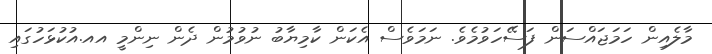
މާލެއިން ހަމަޖައްސަން ފަސޭހަވުމެވެ. ނަމަވެސް އެކަން ކާމިޔާބު ނުވުމުން ދެން ނިންމީ އއ.އުކުޅަހުގައި